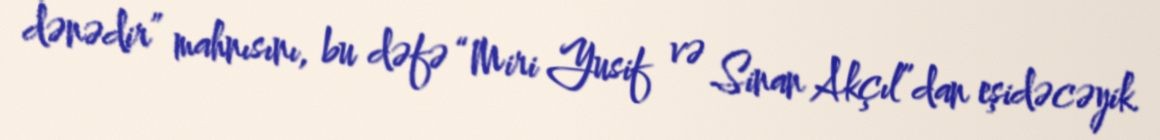
dənədir” mahnısını, bu dəfə “Miri Yusif və Sinan Akçıl”dan eşidəcəyik.